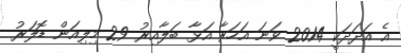
އެ އަދަދަކީ 2014 ވަނަ އަހަރާ އަޅާ ބަލާއިރު 29 މިލިއަން ޑޮލަރު